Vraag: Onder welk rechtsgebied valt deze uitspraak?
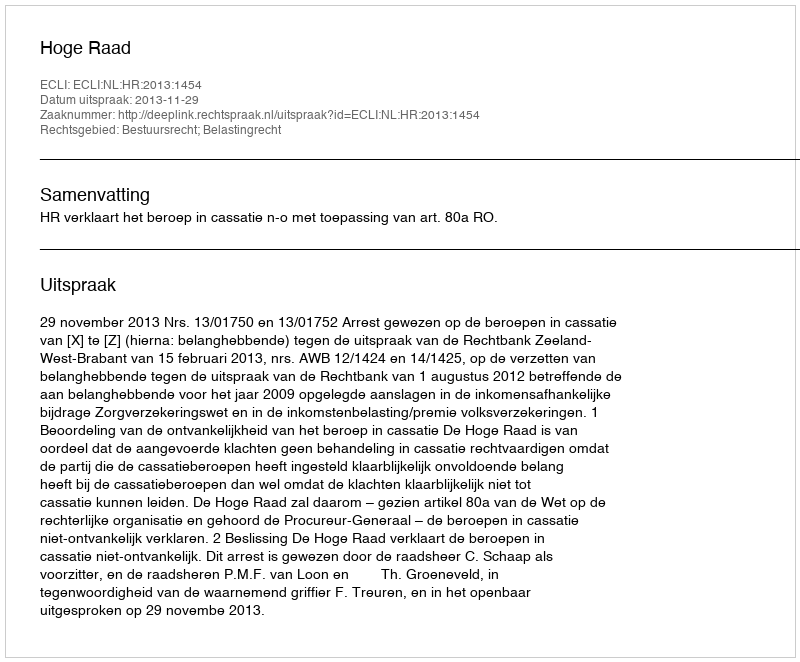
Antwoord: Bestuursrecht; Belastingrecht